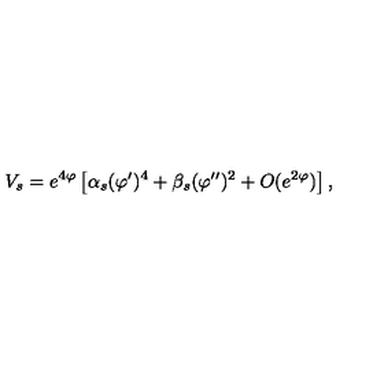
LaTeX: V _ { s } = e ^ { 4 \varphi } \left[ \alpha _ { s } ( \varphi ^ { \prime } ) ^ { 4 } + \beta _ { s } ( \varphi ^ { \prime \prime } ) ^ { 2 } + O ( e ^ { 2 \varphi } ) \right] ,